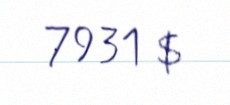
7931 $